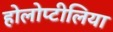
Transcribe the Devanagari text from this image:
होलोप्टीलिया